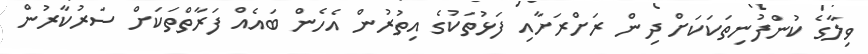
ވިލާގެ ކުންފުނިތަކަކަށް ދިން ރަށްރަށާއި ފަޅުތަކުގެ އިތުރުން އެހެން ބައެއް ފަރާތްތަކަށް ސަރުކާރުން